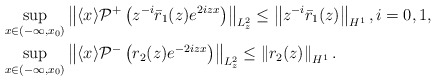
\begin{align*}&\sup _{x \in\left( -\infty, x_{0} \right)}\left\| \langle x\rangle \mathcal{P}^{+}\left(z^{-i}\bar{r}_1(z) e^{ 2i z x}\right)\right\|_{L_z^2}\leq\left\|z^{-i}\bar r_1(z)\right\|_{H^1},i=0,1,\\&\sup _{x \in \left( -\infty, x_{0} \right)}\left\|\langle x\rangle \mathcal{P}^-\left(r_2(z) e^{-2iz x}\right)\right\|_{L_{z}^2}\leq\left\|r_2(z)\right\|_{H^1}.\end{align*}